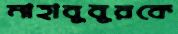
মাহাবুবুরকে